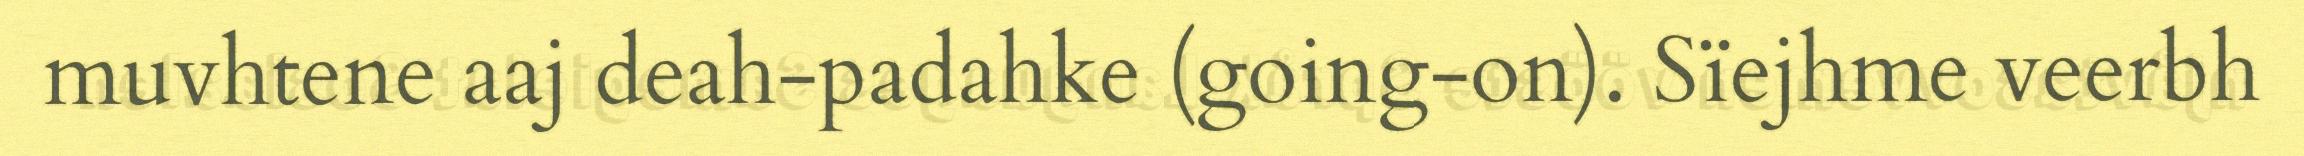
muvhtene aaj deah-padahke (going-on). Sïejhme veerbh